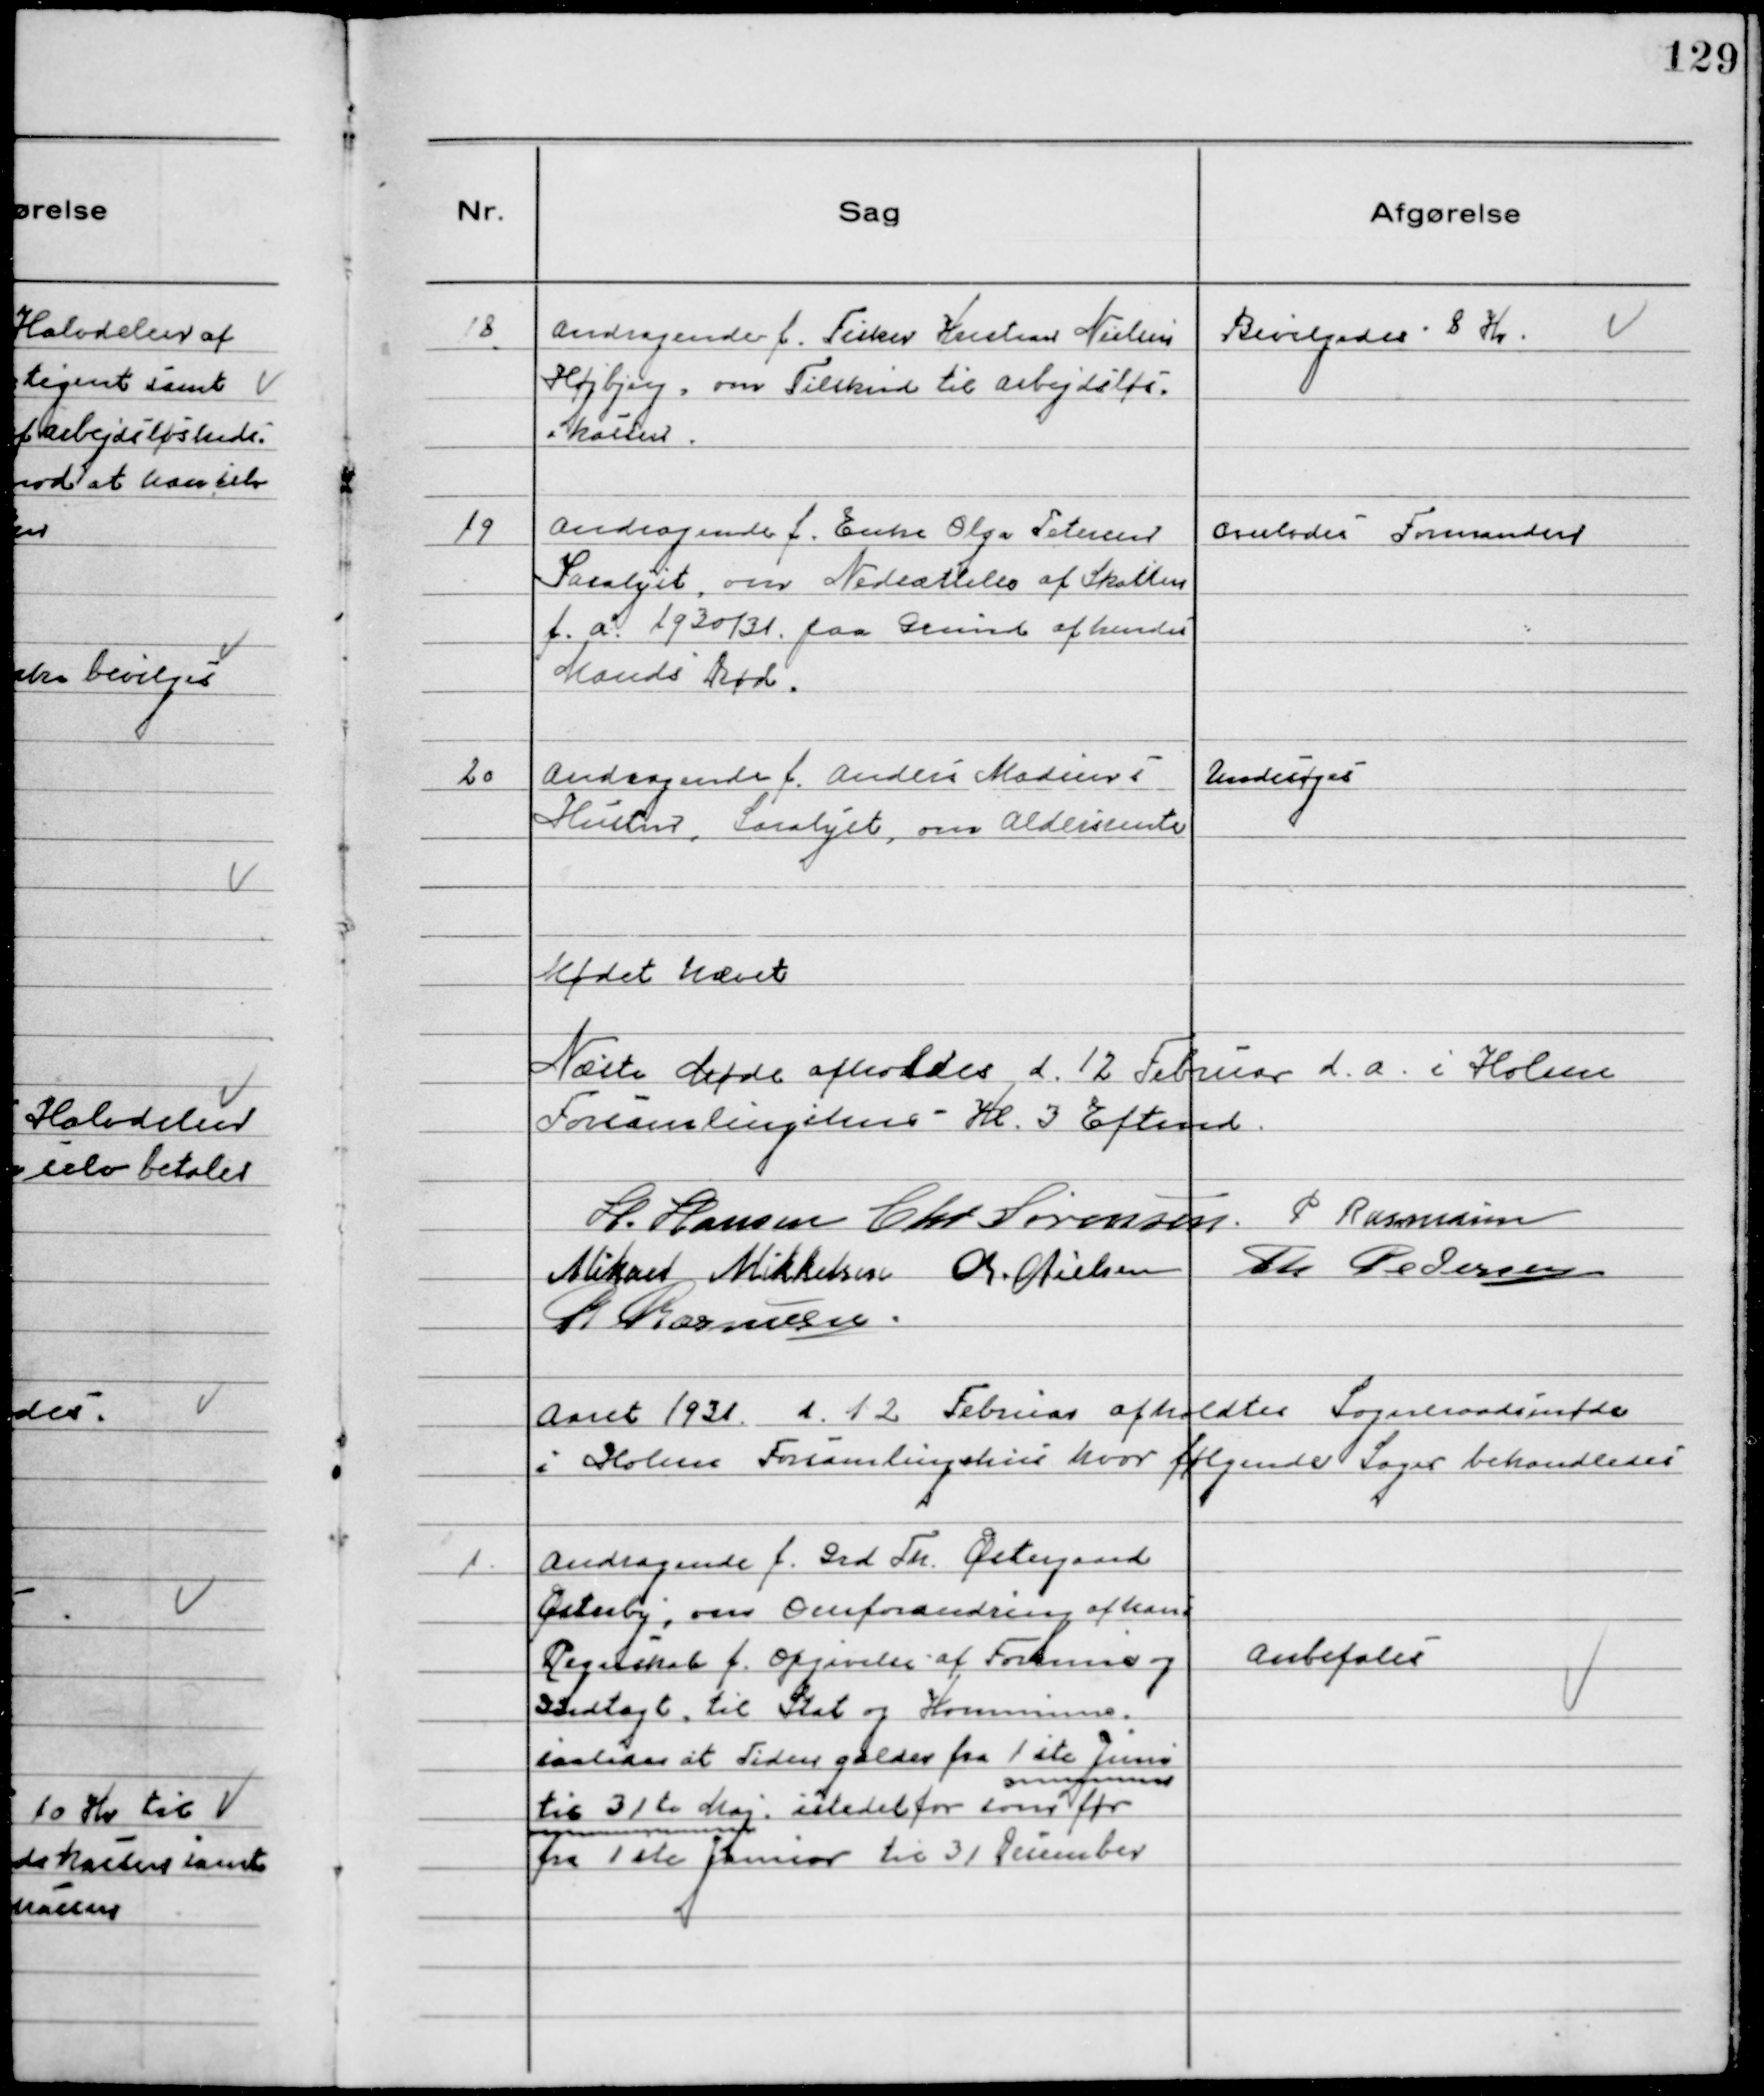
Transskription:
18
Andragende f. Fisker Kristian Nielsen
Højbjerg, om Tilskud til Arbejdsløs-
kassen.

Bevilgedes 8 Kr.

19
Andragende f. Enke Olga Petersen
Saralyst, om Nedsættelse af Skatten
f.a. 1930/31 paa Grund af hendes
Mands Død.

Overlodes Formanden

20
Andragende f. Anders Madsens
Hustru, Saralyst, om Aldersrente

Undersøges

Mødet hævet
Næste Møde afholdes d. 12 Februar d.a. i Holme
Forsamlingshus - Kl. 3 Eftemd.
H. Hansen Chr Sørensen. P Rasmussen
Mikael Mikkelsen Chr. Nielsen
Th Pedersen
R Rasmussen.

Aaret 1931 d.12 Februar afholdtes Sogneraadsmøde
i Holme Forsamlingshus hvor følgende Sager behandledes

1.
Andragende f. Grd Th. Østergaard
Østerby, om Omforandring af hans
Regnskab f. Opgivelse af Formue og
Indtægt, til Stat og Kommune.
saadan at Tiden gælder fra 1ste Juni
til 31te Maj. istedet for som før
fra 1ste Januar til 31 December

Anbefales